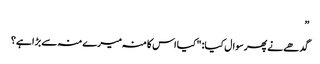
”
گدھے نے پھر سوال کیا: "کیا اس کا منہ میرے منہ سے بڑا ہے؟